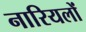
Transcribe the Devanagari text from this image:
नारियलों